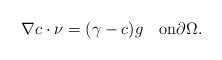
\begin{align*} \nabla c\cdot \nu=(\gamma-c)g\quad\mbox{on}\partial\Omega. \end{align*}